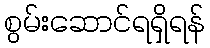
စွမ်းဆောင်ရရှိရန်